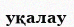
уқалау